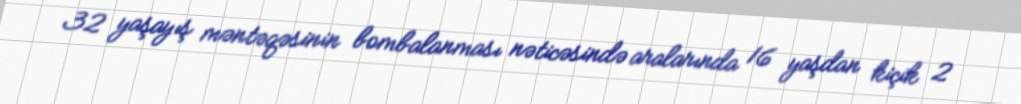
32 yaşayış məntəqəsinin bombalanması nəticəsində aralarında 16 yaşdan kiçik 2